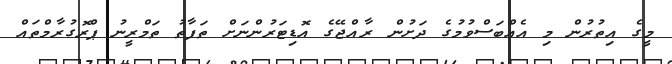
މީގެ އިތުރުން މި އެއްބަސްވުމުގެ ދަށުން ރާއްޖޭގެ އޮޑިޓަރުންނަށް ތަފާތު ތަމްރީނު ޕްރޮގުރާމްތައް